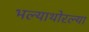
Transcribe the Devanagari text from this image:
भल्याथोरल्या